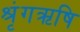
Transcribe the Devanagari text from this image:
श्रृंगऋषि